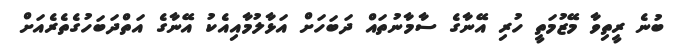
ބުނެ ރީތިވާ މޭޒުމަތީ ހުރި އޭނާގެ ސާމާނުތައް ދަބަހަށް އަޅާލުމާއިއެކު އޭނާގެ އަތްދަބަހުގެތެރެއަށް